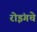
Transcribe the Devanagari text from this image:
रोइंगचे